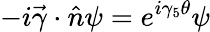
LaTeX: -i\vec{\gamma}\cdot\hat{n}\psi=e^{i\gamma_{5}\theta}\psi